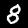
Label: 8